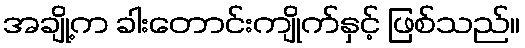
အချို့က ခါးတောင်းကျိုက်နှင့် ဖြစ်သည်။